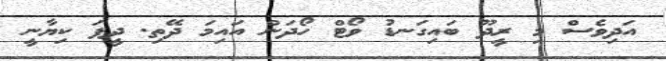
އަދިވެސް މި ރީދޫ ބައިގަނޑު ވޯޓް ހޯދަން އައިމަ ދޭތި. ދީފަ ކިޔާނީ